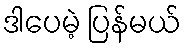
ဒါပေမဲ့ ပြန်မယ်